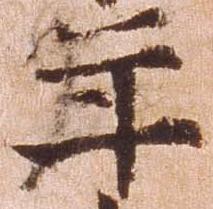
年